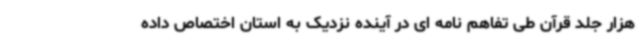
هزار جلد قرآن طی تفاهم نامه ای در آینده نزدیک به استان اختصاص داده